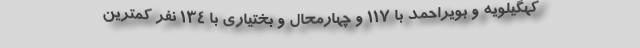
کهگیلویه و بویراحمد با ۱۱۷ و چهارمحال و بختیاری با ۱۳۴ نفر کمترین